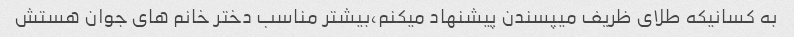
به کسانیکه طلای ظریف میپسندن پیشنهاد میکنم،بیشتر مناسب دختر خانم های جوان هستش